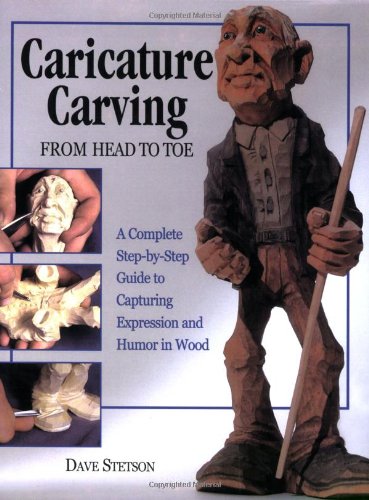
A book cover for Caricature Carving from Head to Toe: A Complete Step-by-Step Guide to Capturing Expression and Humor in Wood; Dave Stetson; Crafts, Hobbies & Home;